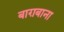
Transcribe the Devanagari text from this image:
बाग़बाना